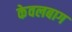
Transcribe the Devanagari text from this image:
केवलबाग